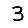
Digit: 3